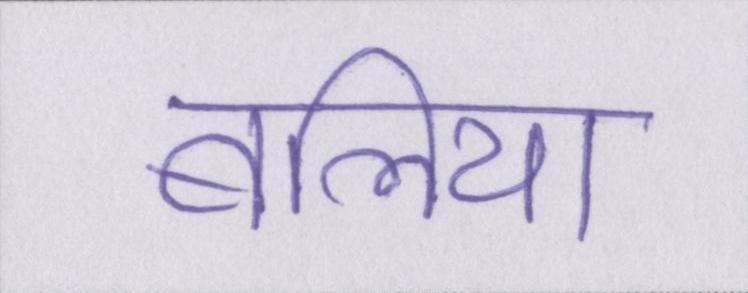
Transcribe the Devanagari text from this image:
बलिया